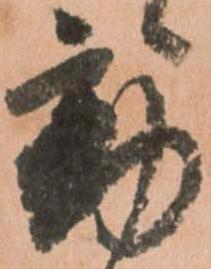
動